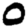
Digit: 0